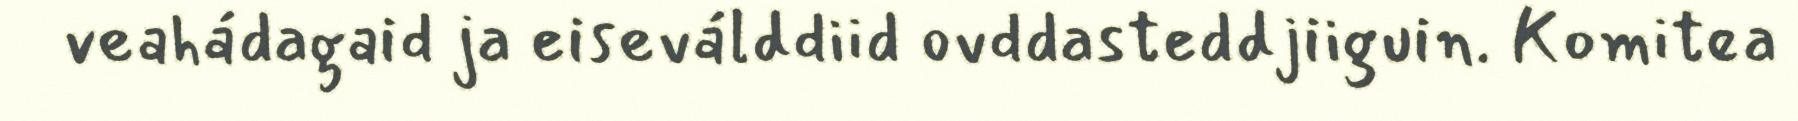
veahádagaid ja eiseválddiid ovddasteddjiiguin. Komitea